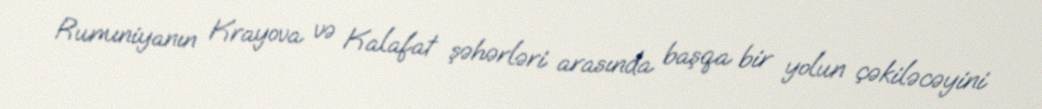
Rumıniyanın Krayova və Kalafat şəhərləri arasında başqa bir yolun çəkiləcəyini